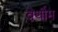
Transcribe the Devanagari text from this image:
वेर्थीम